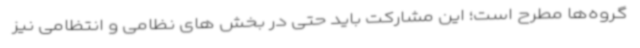
گروه‌ها مطرح است؛ این مشارکت باید حتی در بخش های نظامی و انتظامی نیز